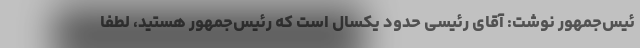
ئیس‌جمهور نوشت: آقای رئیسی حدود یکسال است که رئیس‌جمهور هستید، لطفا